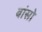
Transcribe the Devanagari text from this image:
बांसो